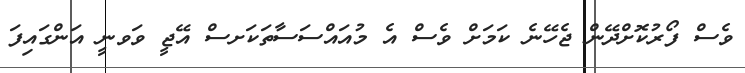
ވެސް ފޯރުކޮށްދޭން ޖެހޭނެ ކަމަށް ވެސް އެ މުއައްސަސާތަކަށސް އޭޖީ ވަވނީ އަންގައިފަ